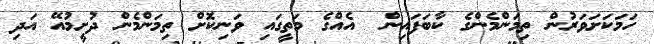
ހަމަކަށަވަރުން ތިމަންމެންގެ ކާބަފައިން  އެއްގެ މަތީގައި ވަނިކޮށް ތިމަންމެން ދުށީމުއޭ އަދި